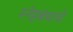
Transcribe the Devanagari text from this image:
स्नेहबंधाचे